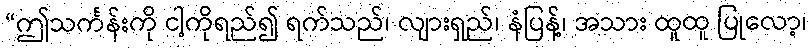
“ဤသင်္ကန်းကို ငါ့ကိုရည်၍ ရက်သည်၊ လျားရှည်၊ နံပြန့်၊ အသား ထူထူ ပြုလော့၊